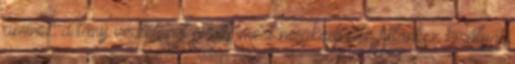
aminek a lány végtelenül örült, mert megkedvelte Atlantisz királyát